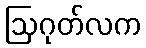
ဩဂုတ်လက